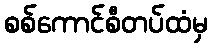
စစ်ကောင်စီတပ်ထံမှ